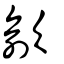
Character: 歈